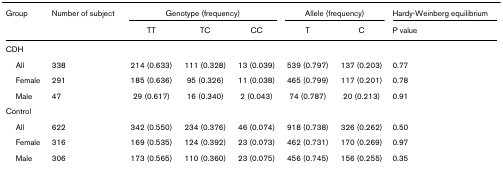
<table><thead><tr><td><b>Group</b></td><td><b>Number of subject</b></td><td colspan="3"><b>Genotype (frequency)</b></td><td colspan="2"><b>Allele (frequency)</b></td><td><b>Hardy-Weinberg equilibrium</b></td></tr><tr><td></td><td></td><td><b>TT</b></td><td><b>TC</b></td><td><b>CC</b></td><td><b>T</b></td><td><b>C</b></td><td><b>P value</b></td></tr></thead><tbody><tr><td>CDH</td><td></td><td></td><td></td><td></td><td></td><td></td><td></td></tr><tr><td> All</td><td>338</td><td>214 (0.633)</td><td>111 (0.328)</td><td>13 (0.039)</td><td>539 (0.797)</td><td>137 (0.203)</td><td>0.77</td></tr><tr><td> Female</td><td>291</td><td>185 (0.636)</td><td>95 (0.326)</td><td>11 (0.038)</td><td>465 (0.799)</td><td>117 (0.201)</td><td>0.78</td></tr><tr><td> Male</td><td>47</td><td>29 (0.617)</td><td>16 (0.340)</td><td>2 (0.043)</td><td>74 (0.787)</td><td>20 (0.213)</td><td>0.91</td></tr><tr><td>Control</td><td></td><td></td><td></td><td></td><td></td><td></td><td></td></tr><tr><td> All</td><td>622</td><td>342 (0.550)</td><td>234 (0.376)</td><td>46 (0.074)</td><td>918 (0.738)</td><td>326 (0.262)</td><td>0.50</td></tr><tr><td> Female</td><td>316</td><td>169 (0.535)</td><td>124 (0.392)</td><td>23 (0.073)</td><td>462 (0.731)</td><td>170 (0.269)</td><td>0.97</td></tr><tr><td> Male</td><td>306</td><td>173 (0.565)</td><td>110 (0.360)</td><td>23 (0.075)</td><td>456 (0.745)</td><td>156 (0.255)</td><td>0.35</td></tr></tbody></table>